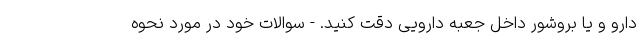
دارو و یا بروشور داخل جعبه دارویی دقت کنید. - سوالات خود در مورد نحوه